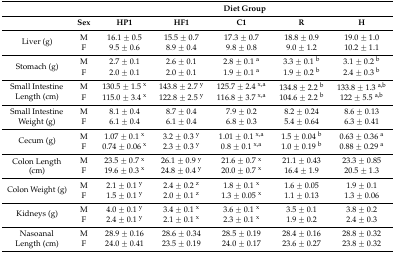
<table><thead><tr><td></td><td></td><td colspan="5"><b>Diet Group</b></td></tr><tr><td></td><td><b>Sex</b></td><td><b>HP1</b></td><td><b>HF1</b></td><td><b>C1</b></td><td><b>R</b></td><td><b>H</b></td></tr></thead><tbody><tr><td rowspan="2">Liver (g)</td><td>M</td><td>16.1 ± 0.5</td><td>15.5 ± 0.7</td><td>17.3 ± 0.7</td><td>18.8 ± 0.9</td><td>19.0 ± 1.0</td></tr><tr><td>F</td><td>9.5 ± 0.6</td><td>8.9 ± 0.4</td><td>9.8 ± 0.8</td><td>9.0 ± 1.2</td><td>10.2 ± 1.1</td></tr><tr><td rowspan="2">Stomach (g)</td><td>M</td><td>2.7 ± 0.1</td><td>2.6 ± 0.1</td><td>2.8 ± 0.1 <sup>a</sup></td><td>3.3 ± 0.1 <sup>b</sup></td><td>3.1 ± 0.2 <sup>b</sup></td></tr><tr><td>F</td><td>2.0 ± 0.1</td><td>2.0 ± 0.1</td><td>1.9 ± 0.1 <sup>a</sup></td><td>1.9 ± 0.2 <sup>b</sup></td><td>2.4 ± 0.3 <sup>b</sup></td></tr><tr><td rowspan="2">Small Intestine Length (cm)</td><td>M</td><td>130.5 ± 1.5 <sup>x</sup></td><td>143.8 ± 2.7 <sup>y</sup></td><td>125.7 ± 2.4 <sup>x,a</sup></td><td>134.8 ± 2.2 <sup>b</sup></td><td>133.8 ± 1.3 <sup>a,b</sup></td></tr><tr><td>F</td><td>115.0 ± 3.4 <sup>x</sup></td><td>122.8 ± 2.5 <sup>y</sup></td><td>116.8 ± 3.7 <sup>x,a</sup></td><td>104.6 ± 2.2 <sup>b</sup></td><td>122 ± 5.5 <sup>a,b</sup></td></tr><tr><td rowspan="2">Small Intestine Weight (g)</td><td>M</td><td>8.1 ± 0.4</td><td>8.7 ± 0.4</td><td>7.9 ± 0.2</td><td>8.2 ± 0.24</td><td>8.6 ± 0.13</td></tr><tr><td>F</td><td>6.1 ± 0.4</td><td>6.1 ± 0.4</td><td>6.8 ± 0.3</td><td>5.4 ± 0.64</td><td>6.3 ± 0.41</td></tr><tr><td rowspan="2">Cecum (g)</td><td>M</td><td>1.07 ± 0.1 <sup>x</sup></td><td>3.2 ± 0.3 <sup>y</sup></td><td>1.01 ± 0.1 <sup>x,a</sup></td><td>1.5 ± 0.04 <sup>b</sup></td><td>0.63 ± 0.36 <sup>a</sup></td></tr><tr><td>F</td><td>0.74 ± 0.06 <sup>x</sup></td><td>2.3 ± 0.3 <sup>y</sup></td><td>0.8 ± 0.1 <sup>x,a</sup></td><td>1.0 ± 0.19 <sup>b</sup></td><td>0.88 ± 0.29 <sup>a</sup></td></tr><tr><td rowspan="2">Colon Length (cm)</td><td>M</td><td>23.5 ± 0.7 <sup>x</sup></td><td>26.1 ± 0.9 <sup>y</sup></td><td>21.6 ± 0.7 <sup>x</sup></td><td>21.1 ± 0.43</td><td>23.3 ± 0.85</td></tr><tr><td>F</td><td>19.6 ± 0.3 <sup>x</sup></td><td>24.8 ± 0.4 <sup>y</sup></td><td>20.0 ± 0.7 <sup>x</sup></td><td>16.4 ± 1.9</td><td>20.5 ± 1.3</td></tr><tr><td rowspan="2">Colon Weight (g)</td><td>M</td><td>2.1 ± 0.1 <sup>y</sup></td><td>2.4 ± 0.2 <sup>z</sup></td><td>1.8 ± 0.1 <sup>x</sup></td><td>1.6 ± 0.05</td><td>1.9 ± 0.1</td></tr><tr><td>F</td><td>1.5 ± 0.1 <sup>y</sup></td><td>2.0 ± 0.1 <sup>z</sup></td><td>1.3 ± 0.05 <sup>x</sup></td><td>1.1 ± 0.13</td><td>1.3 ± 0.06</td></tr><tr><td rowspan="2">Kidneys (g)</td><td>M</td><td>4.0 ± 0.1 <sup>y</sup></td><td>3.4 ± 0.1 <sup>x</sup></td><td>3.6 ± 0.1 <sup>x</sup></td><td>3.5 ± 0.1</td><td>3.8 ± 0.2</td></tr><tr><td>F</td><td>2.4 ± 0.1 <sup>y</sup></td><td>2.1 ± 0.1 <sup>x</sup></td><td>2.3 ± 0.1 <sup>x</sup></td><td>1.9 ± 0.2</td><td>2.4 ± 0.3</td></tr><tr><td rowspan="2">Nasoanal Length (cm)</td><td>M</td><td>28.9 ± 0.16</td><td>28.6 ± 0.34</td><td>28.5 ± 0.19</td><td>28.4 ± 0.16</td><td>28.8 ± 0.32</td></tr><tr><td>F</td><td>24.0 ± 0.41</td><td>23.5 ± 0.19</td><td>24.0 ± 0.17</td><td>23.6 ± 0.27</td><td>23.8 ± 0.32</td></tr></tbody></table>